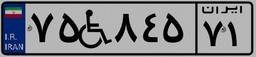
۷۵W۸۴۵۷۱